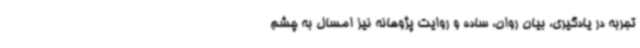
تجربه در یادگیری، بیان روان، ساده و روایت پژوهانه نیز امسال به چشم